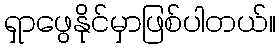
ရှာဖွေနိုင်မှာဖြစ်ပါတယ်။